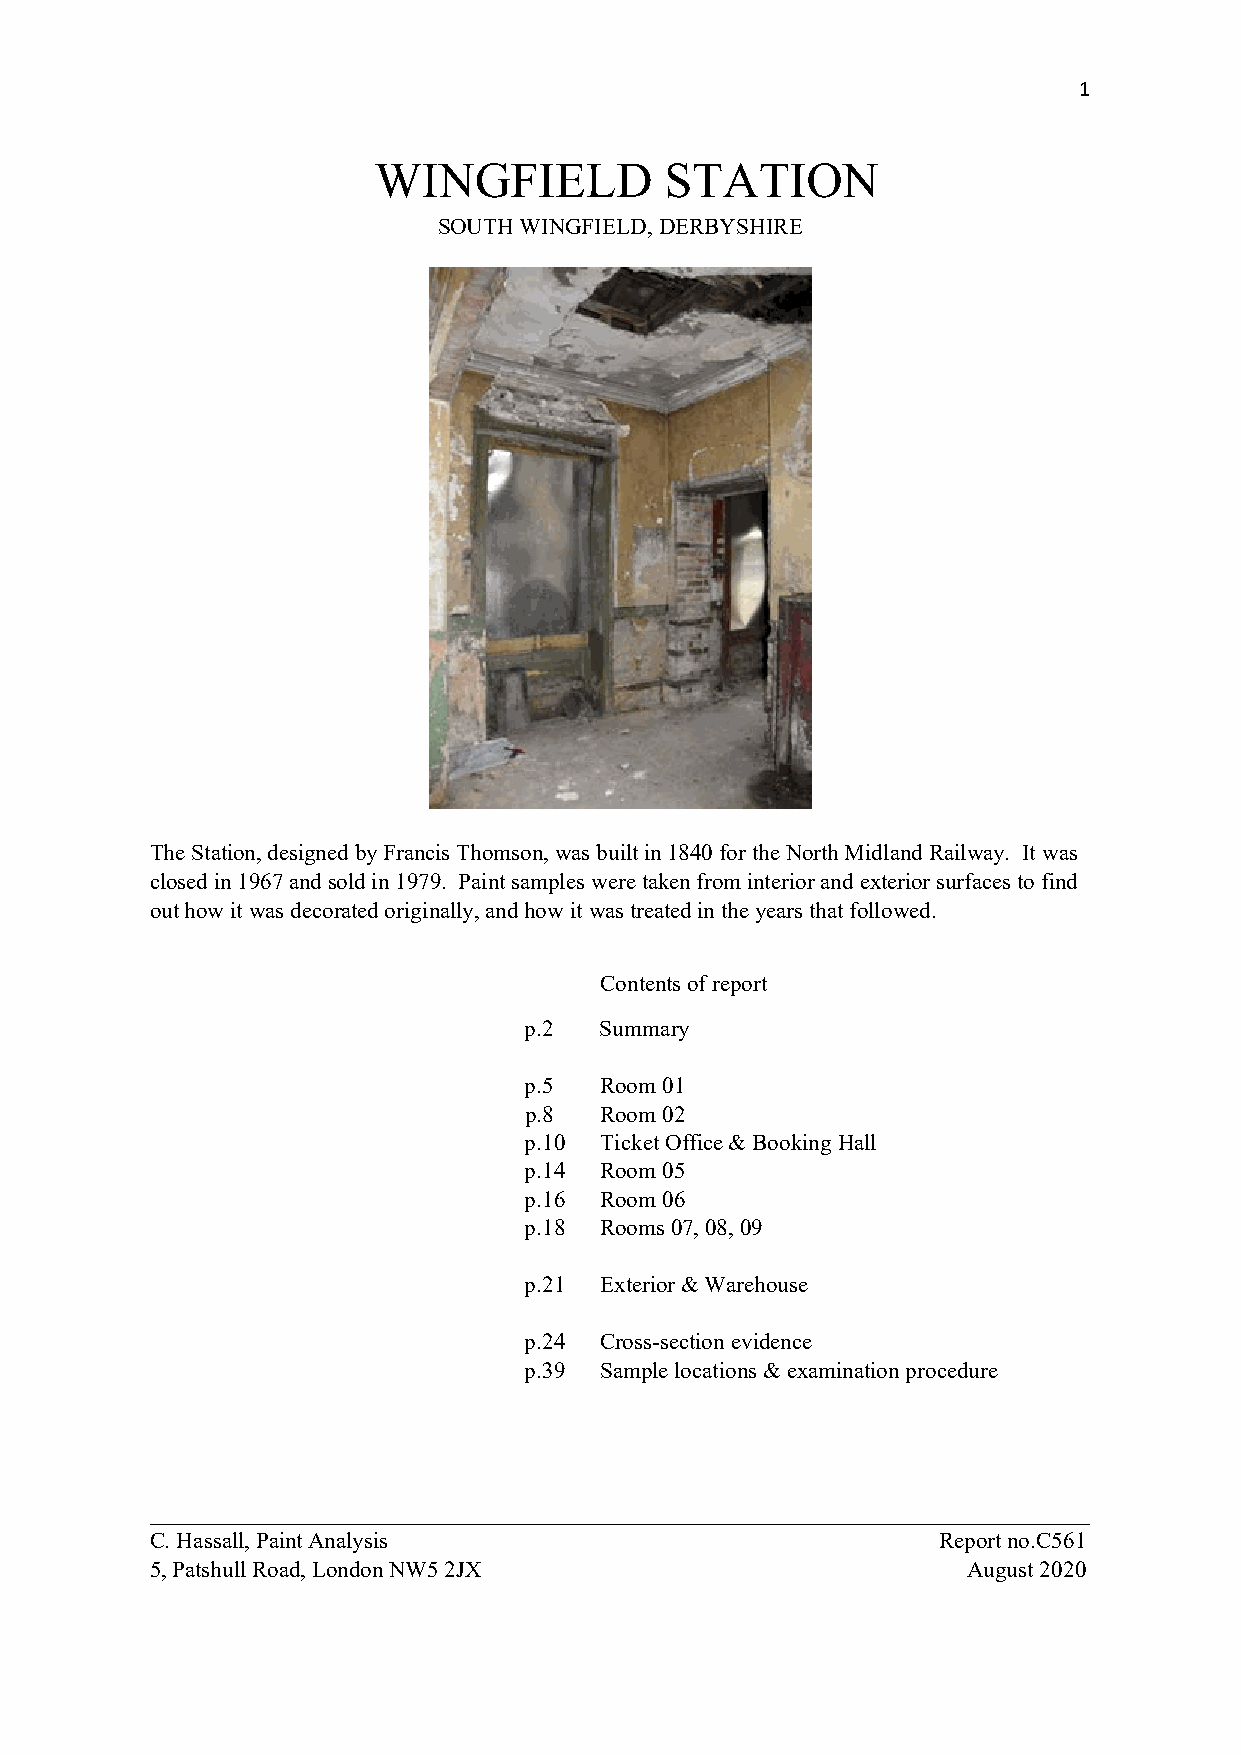
1
 WINGFIELD          STATION
 SOUTH WINGFIELD, DERBYSHIRE
 The Station, designed by Francis Thomson, was built in 1840 for the North Midland Railway. It was
 closed in 1967 and sold in 1979. Paint samples were taken from interior and exterior surfaces to find
 out how it was decorated originally, and how it was treated in the years that followed.
 Contents of report
 p.2  Summary
 p.5  Room 01
 p.8  Room 02
 p.10 Ticket Office & Booking Hall
 p.14 Room 05
 p.16 Room 06
 p.18 Rooms 07, 08, 09
 p.21 Exterior & Warehouse
 p.24 Cross-section evidence
 p.39 Sample locations & examination procedure
 __________________________________________________________________________________
 C. Hassall, Paint Analysis                          Report no.C561
 5, Patshull Road, London NW5 2JX                      August 2020